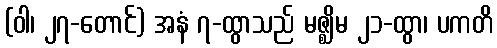
(ဝါ၊ ၂၇-တောင်) အနံ ၇-ထွာသည် မဇ္ဈိမ ၂၁-ထွာ၊ ပကတိ